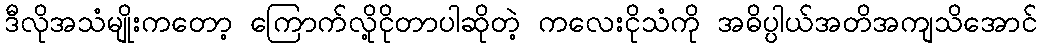
ဒီလိုအသံမျိုးကတော့ ကြောက်လို့ငိုတာပါဆိုတဲ့ ကလေးငိုသံကို အဓိပ္ပါယ်အတိအကျသိအောင်